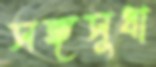
সঙ্গসুধা